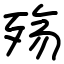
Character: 殇